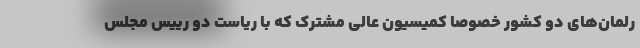
رلمان‌های دو کشور خصوصاً کمیسیون عالی مشترک که با ریاست دو رییس مجلس